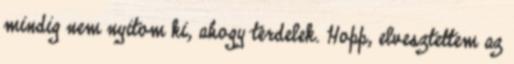
mindig nem nyitom ki, ahogy térdelek. Hopp, elvesztettem az